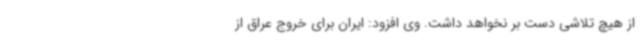
از هیچ تلاشی دست بر نخواهد داشت. وی افزود: ایران برای خروج عراق از